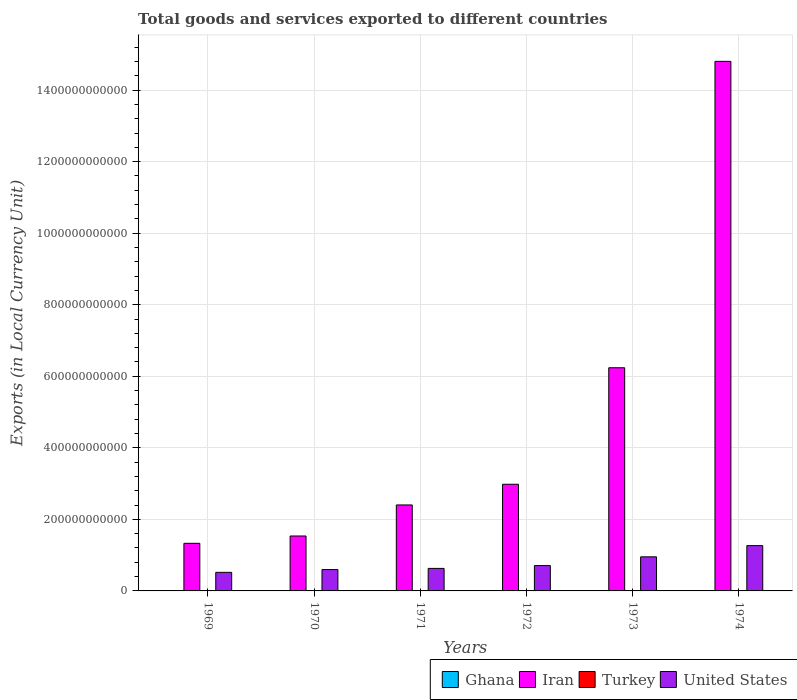
| Years | Ghana | Iran | Turkey | United States |
 | --- | --- | --- | --- | --- |
 | 1969 | 3.95e+04 | 1.33e+11 | 6.3e+03 | 5.19e+10 |
 | 1970 | 4.82e+04 | 1.54e+11 | 8.7e+03 | 5.97e+10 |
 | 1971 | 3.94e+04 | 2.4e+11 | 1.29e+04 | 6.3e+10 |
 | 1972 | 5.83e+04 | 2.98e+11 | 1.74e+04 | 7.08e+10 |
 | 1973 | 7.51e+04 | 6.24e+11 | 2.56e+04 | 9.53e+10 |
 | 1974 | 8.54e+04 | 1.48e+12 | 2.84e+04 | 1.27e+11 |